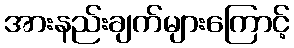
အားနည်းချက်များကြောင့်